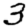
Digit: 3